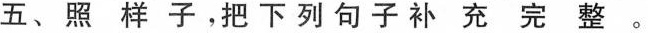
五、照样子，把下列句子补充完整。